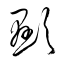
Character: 顯